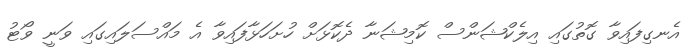
އެނގިފައިވާ ގޮތުގައި އިލެކްޝަންސް ކޮމިޝަނާ ދެކޮޅަށް ހުށަހަޅާފައިވާ އެ މައްސަލައިގައި ވަނީ ވޯޓު